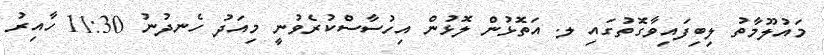
މައުލޫމާތު ލިބިފައިވާގޮތުގައި ލ. އަތޮޅުން ލޮޅުން އިހުސާސްކުރެވުނީ މިއަދު ހެނދުނު 11:30 ހާއިރު